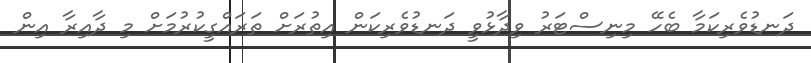
ދަނޑުވެރިކަމާ ބެހޭ މިނިސްޓަރު ވިދާޅުވީ ދަނޑުވެރިކަން އިތުރަށް ތަރައްގީކުރުމަށް މި ދާއިރާ އިން